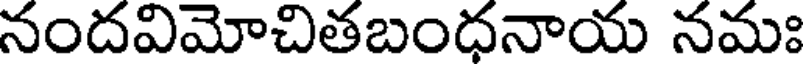
నందవిమోచితబంధనాయ నమః